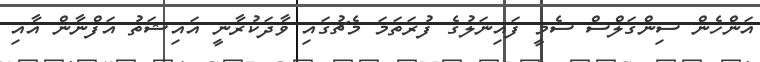
އަންހެން ސިންގަލްސް ސެމީ ފައިނަލުގެ ފުރަތަމަ މެޗުގައި ވާދަކުރާނީ އައިޝަތު އަފްނާން އާއި